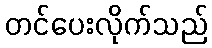
တင်ပေးလိုက်သည်